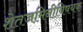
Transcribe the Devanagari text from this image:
शेतजमिनीविषयक